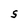
Character: S